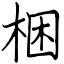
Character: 梱